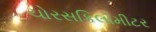
ચોરસકિલોમીટર